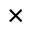
\times